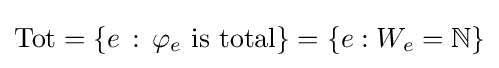
\mathrm {Tot} =\{e\,:\,\varphi _{e}{\text{ is total}}\}=\{e:W_{e}=\mathbb {N} \}